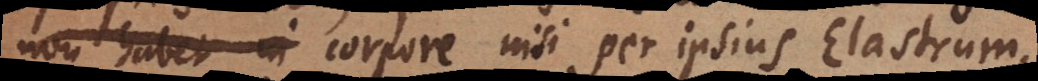
non habet in corpore nisi per ipsius Elastrum.